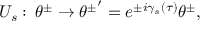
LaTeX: U _ { s } : \, \theta ^ { \pm } \rightarrow { \theta ^ { \pm } } ^ { \prime } = e ^ { \pm i { \gamma } _ { s } ( \tau ) } \theta ^ { \pm } ,